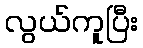
လွယ်ကူပြီး